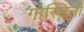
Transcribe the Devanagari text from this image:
गोस्टिनी